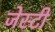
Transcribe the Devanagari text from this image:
जेस्टी